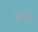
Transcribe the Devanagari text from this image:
पुतोह